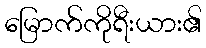
မြောက်ကိုရီးယား၏